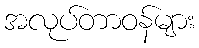
အလုပ်တာဝန်များ